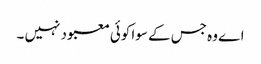
اے وہ جس کے سوا کوئی معبود نہیں ۔